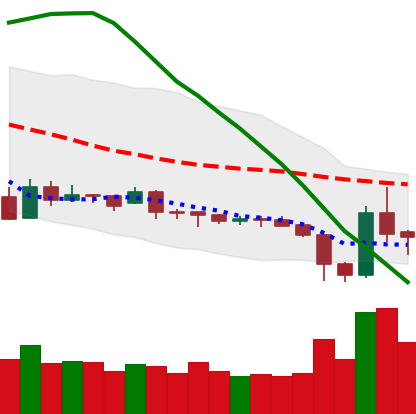
Ticker: XRP-USD
Chart end date: 2019-02-01
Forward return: -5.766%
Label: down_5_7